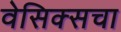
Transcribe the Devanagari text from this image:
वेसिक्सचा